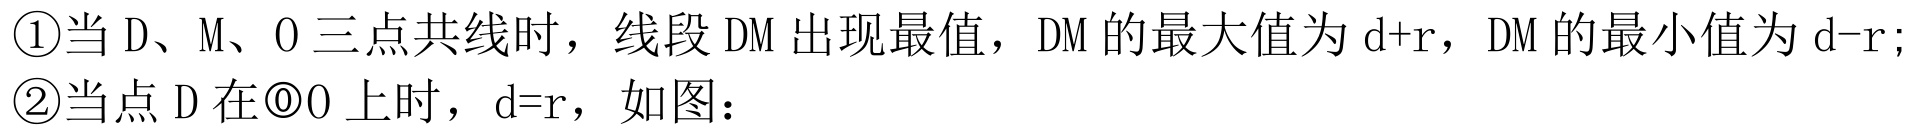
\textcircled{1}当 \(D、M、O\) 三点共线时，线段 \(DM\) 出现最值，\(DM\) 的最大值为 \(d + r\)，\(DM\) 的最小值为 \(d - r\);
\textcircled{2}当点 \(D\) 在\(\odot O\) 上时，\(d = r\)，如图：